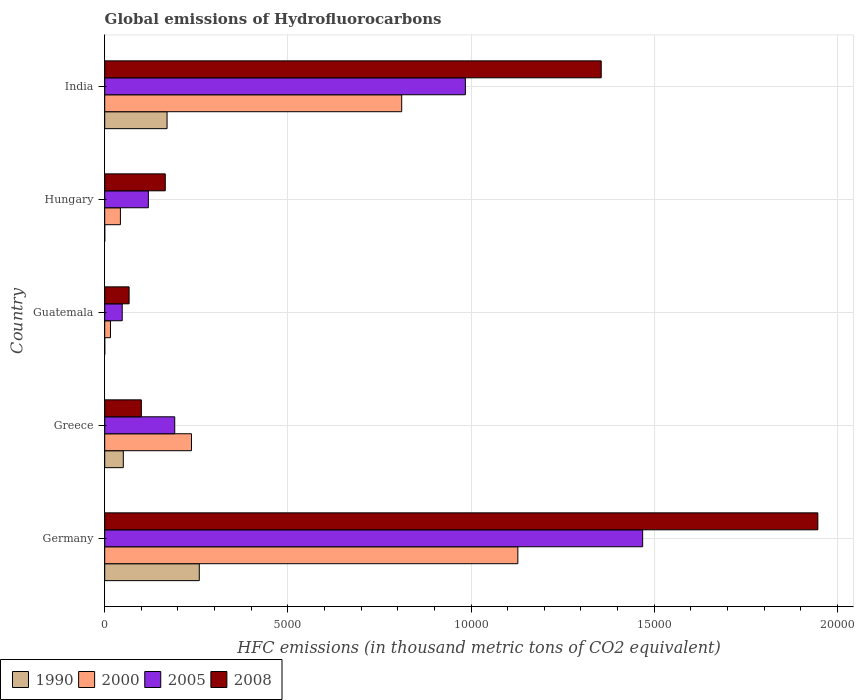
| Country | 1990 | 2000 | 2005 | 2008 |
 | --- | --- | --- | --- | --- |
 | Germany | 2.58e+03 | 1.13e+04 | 1.47e+04 | 1.95e+04 |
 | Greece | 507 | 2.37e+03 | 1.91e+03 | 1e+03 |
 | Guatemala | 0.1 | 158 | 478 | 666 |
 | Hungary | 0.1 | 428 | 1.19e+03 | 1.65e+03 |
 | India | 1.7e+03 | 8.11e+03 | 9.85e+03 | 1.36e+04 |